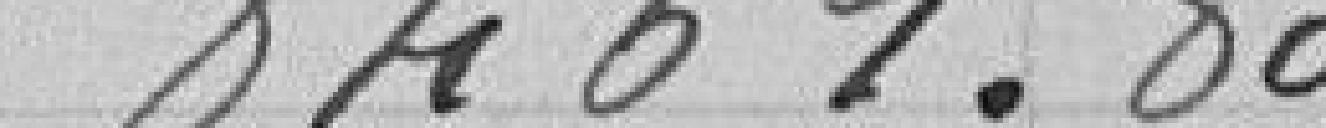
8561.80